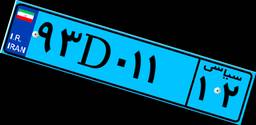
۹۳D۰۱۱۱۲